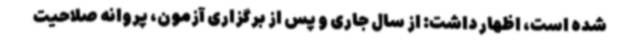
شده است، اظهار داشت: از سال جاری و پس از برگزاری آزمون، پروانه صلاحیت